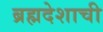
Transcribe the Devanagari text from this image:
ब्रह्मदेशाची